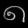
Digit: ၈